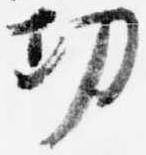
功